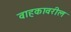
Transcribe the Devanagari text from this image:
वाहकावरील